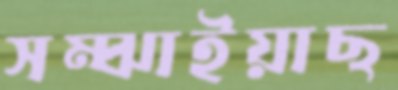
সম্‌ঝাইয়াছ